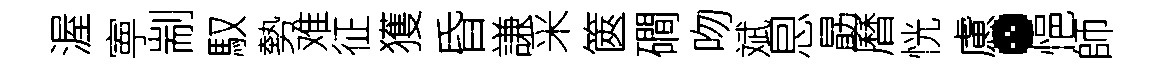
渥寕剬馭勢难征獲昏謙采篋磵吻斌㤙勗曆恍慮·悒師